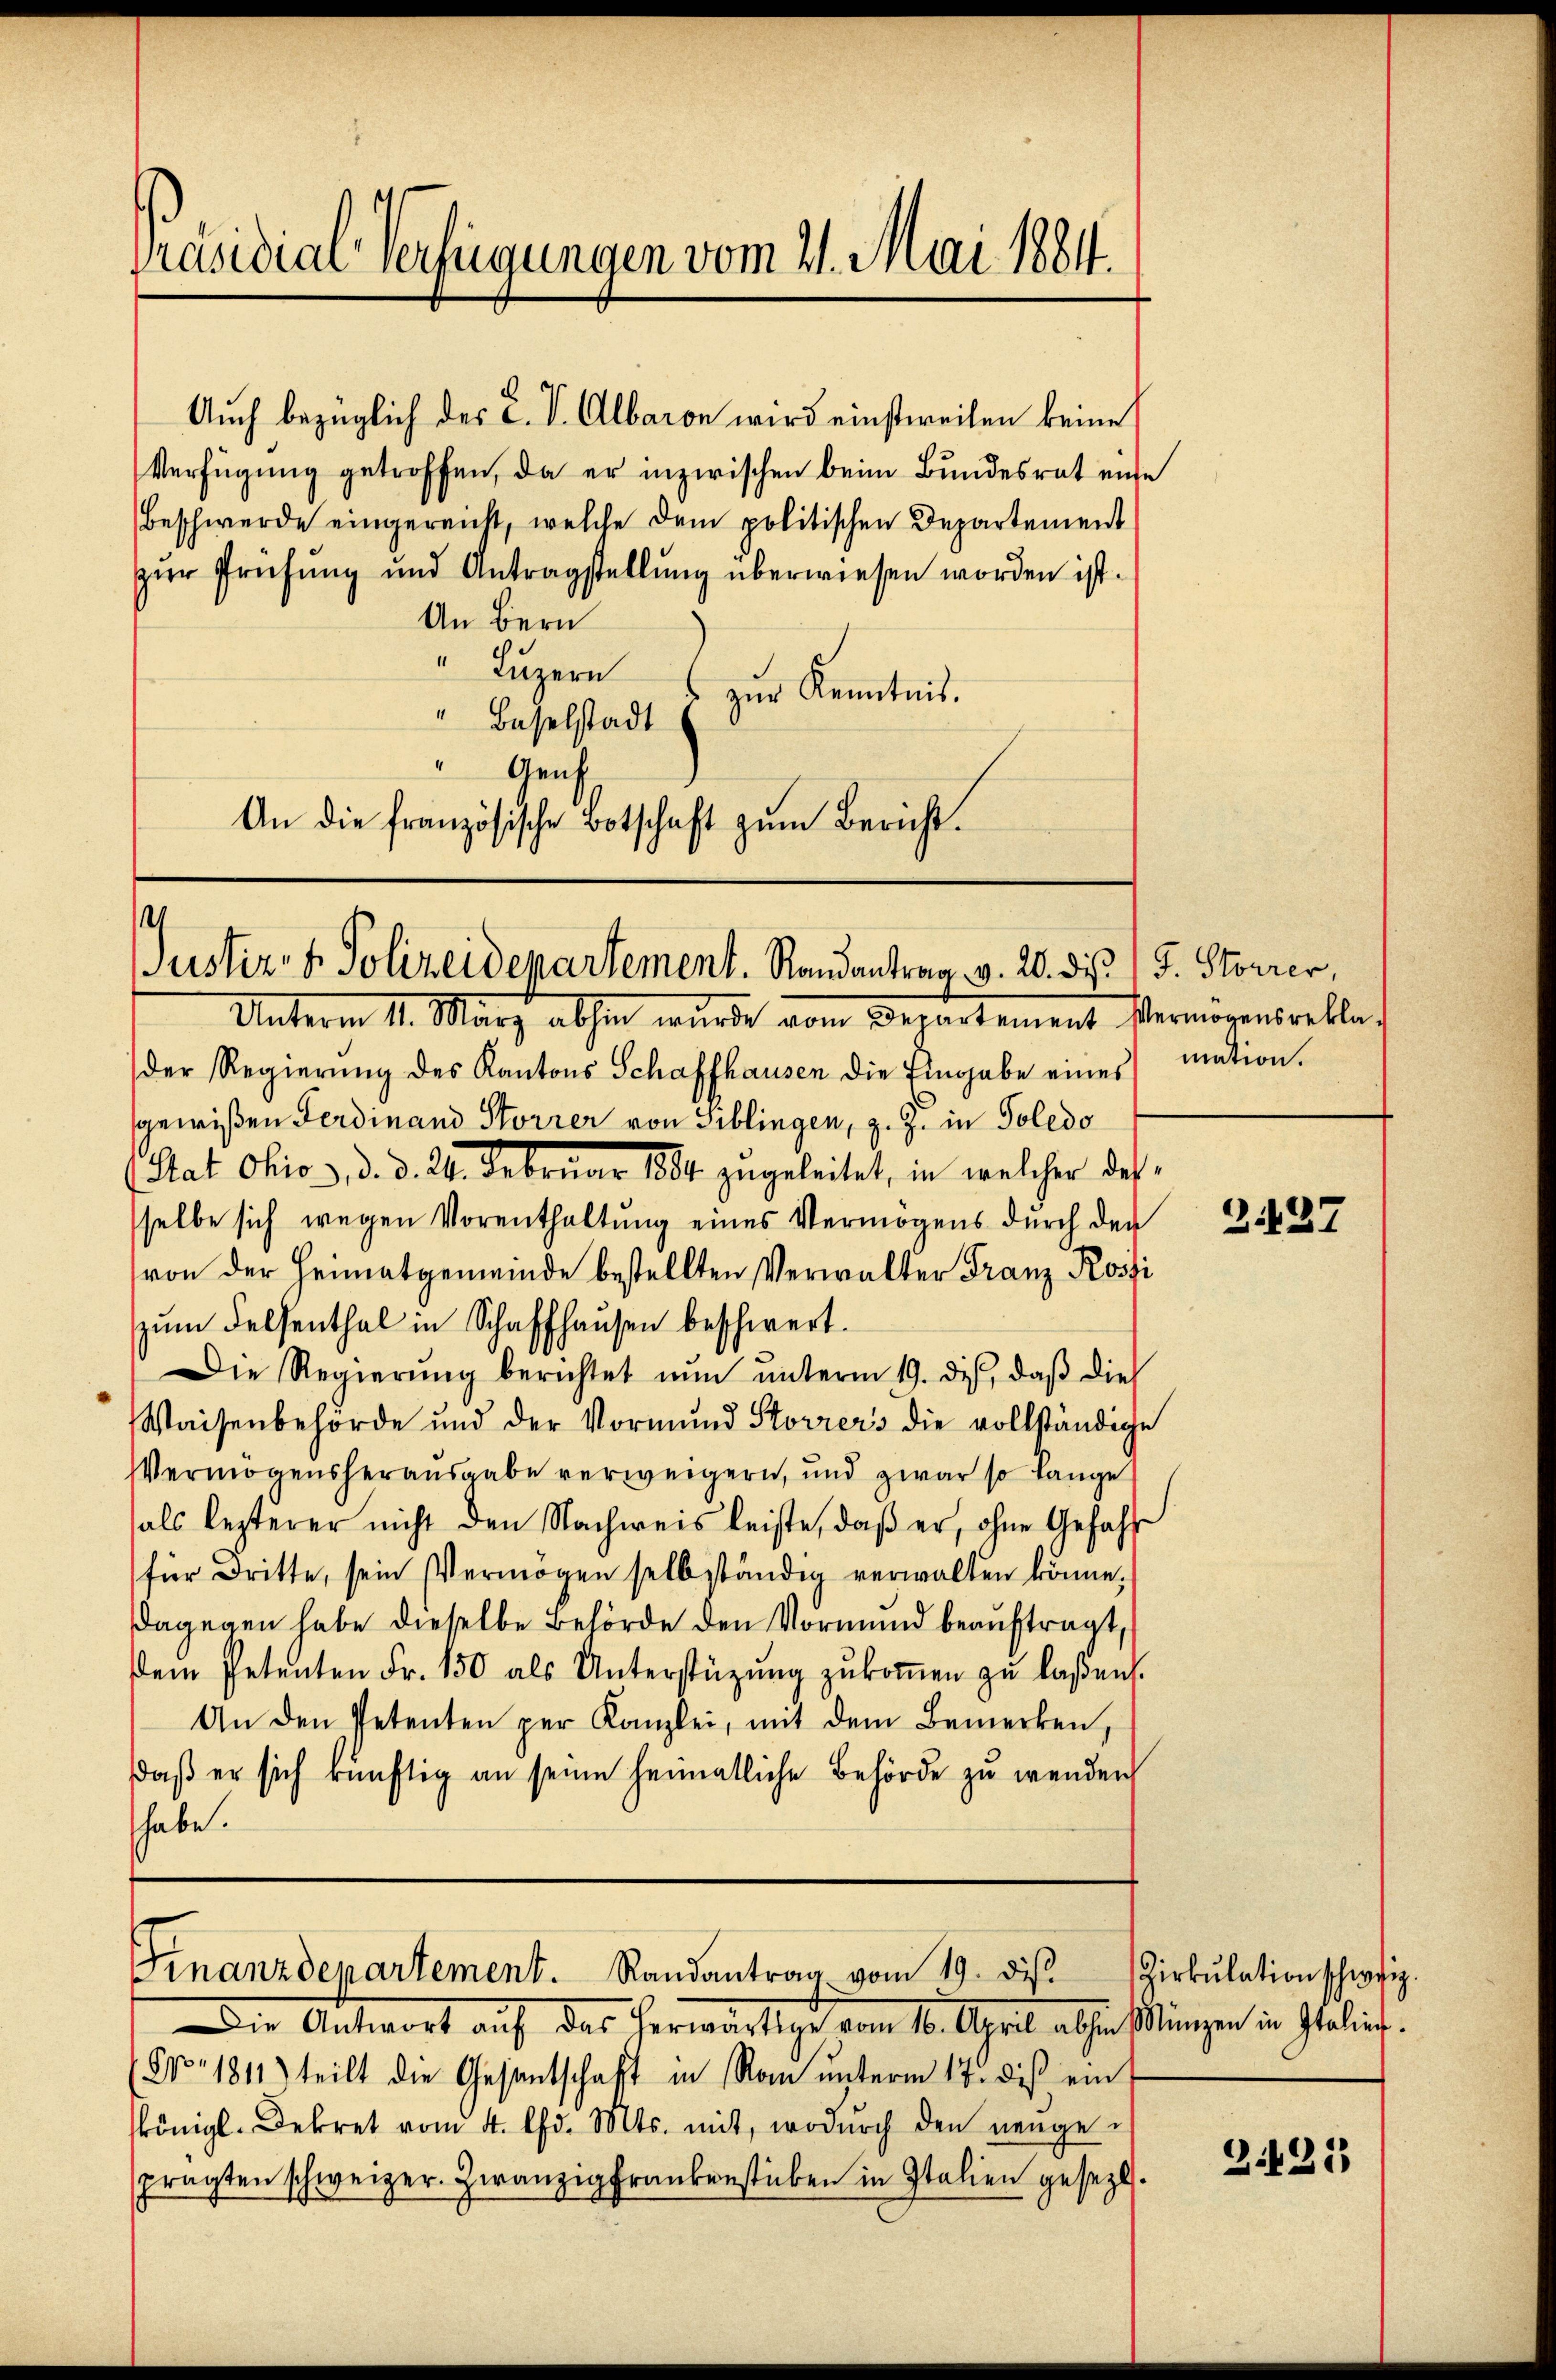
Präsidial verfügungen vom 21. Mai 1884.

Verfügung getroffen, da er inzwischen beim Bundesrat unte
Beschwerde eingereicht, welche dem politischen Departement
zur Prüfung und Antragstellung überwiesen worden ist.
An Bern
" Luzern
zŭr Kenntnis.
" Baselstadt
Gens¬
An die französische Botschaft zŭm Bericht.

Auch bezüglich des L. V. Albaron wird einstweilen keine

¬
Justiz- & Polizeidepartement. Randantrag v. 20. diß /J. Storrer,

Unterm 11. März abhin wurde vom Departement Vermögensreklag
der Regierŭng des Kantons Schaffhausen die Eingabe eines mation.
sgewißen Ferdinand Storrer von Siblingen, z. Z. in Soledo
Rat. Ohio 3. d. d. 21. Februar 1884 zugeleitet, in welcher dessselbe sich wegen Vorenthaltung eines Vermögens durch den
von der Heimatgemeinde bestellten Verwalter Franz Rossi
zŭm Felsenthal in Schaffhausen beschwert.
Die Regierŭng berichtet nŭn ŭnterm 19. dis, daβ dies
Waisenbehörde und der Vormund Storrers die vollständige
Vermögensherausgabe verweigern, und zwar so lange
als lezterer nicht den Nachweis leiste, daß er, ohne Gefahre
für dritte, sein Vermögen selbständig verwalten könne.
Dagegen habe dieselbe Behörde den Vormund beauftragt,
dem Petenten Fr. 150 als Unterstüzung zŭkoṁen zu laßen.
An den Petenten per Kanzlei, mit dem Bemerken,
daβ er sich rünftig an seine heimatliche Behörde zu wenden
shabe.

Finanzdepartement. Randantrag vom 19. dis

Die Antwort auf das herwärtige vom 16. April abhin Münzen in Italier.
(Nro 1811 teilt die Gesantschaft in Ron ŭnterm 17. des ein
königl. Dekret vom 4. d. Mts. mit, wodŭrch den neugesprägten schweizer. Heranzig Frankenstücken in Italien gesezt.

e

2.437

Zirkŭlation schweiz.

3.421